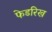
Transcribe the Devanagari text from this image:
फेडरिख